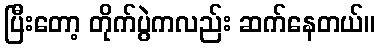
ပြီးတော့ တိုက်ပွဲကလည်း ဆက်နေတယ်။